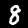
Label: 8